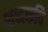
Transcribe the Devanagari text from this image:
शब्दकवि